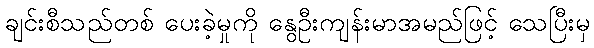
ချင်းစီသည်တစ် ပေးခဲ့မှုကို နွေဦးကျန်းမာအမည်ဖြင့် သေပြီးမှ